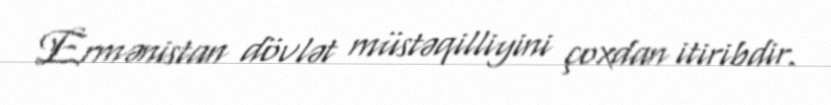
Ermənistan dövlət müstəqilliyini çoxdan itiribdir.